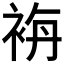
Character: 𮕾